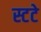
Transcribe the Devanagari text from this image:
स्टटे